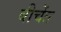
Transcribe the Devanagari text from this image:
बीचेंत